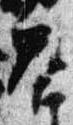
答